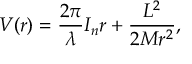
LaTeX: V ( r ) = \frac { 2 \pi } { \lambda } I _ { n } r + \frac { L ^ { 2 } } { 2 M r ^ { 2 } } ,